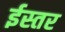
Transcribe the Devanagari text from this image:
ईस्तर